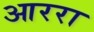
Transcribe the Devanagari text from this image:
आररा